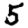
Digit: 5